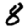
Digit: 8